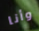
وأنا